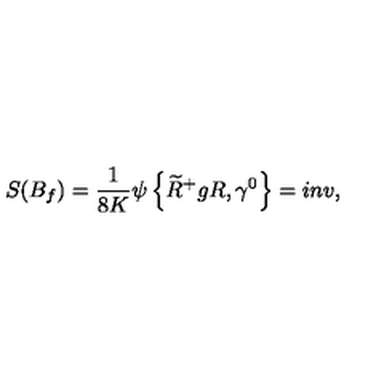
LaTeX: S ( B _ { f } ) = \frac { 1 } { 8 K } \psi \left\{ \widetilde { R } ^ { + } g R , \gamma ^ { 0 } \right\} = i n v ,